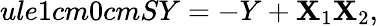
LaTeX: ule{1cm}{0cm}SY=-Y+\mathbf{X}_{1}\mathbf{X}_{2},